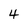
Character: 4